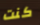
كنت